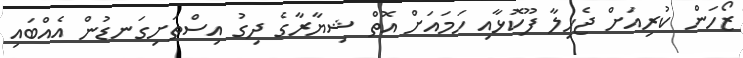
ޒޯހަން ކުރިއަށް ޖެހިލާ ފޫކޮޅާއި ހަމައަށް އޮތް ޝިޔާރާގެ ދިގު އިސްތަށިގަނޑުން އެއްބައި